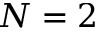
N = 2